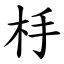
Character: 杽